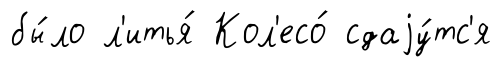
бы́ло л'итья́ Кол'есо́ сдаjу́тс'я